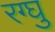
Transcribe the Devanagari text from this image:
रग्घु